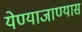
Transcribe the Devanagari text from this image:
येण्याजाण्यास